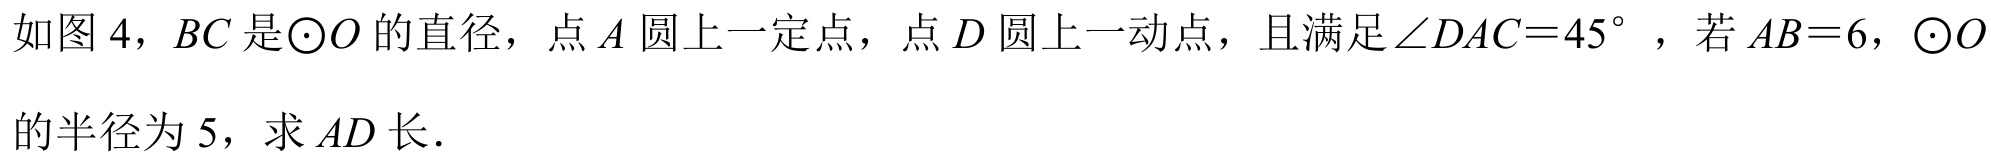
如图 4，\(BC\)是\(\odot O\)的直径，点\(A\)圆上一定点，点\(D\)圆上一动点，且满足\(\angle DAC = 45^{\circ}\)，若\(AB = 6\)，\(\odot O\)的半径为\(5\)，求\(AD\)长．